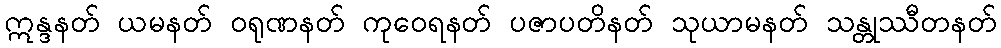
ဣန္ဒနတ် ယမနတ် ဝရုဏနတ် ကုဝေရနတ် ပဇာပတိနတ် သုယာမနတ် သန္တုဿီတနတ်